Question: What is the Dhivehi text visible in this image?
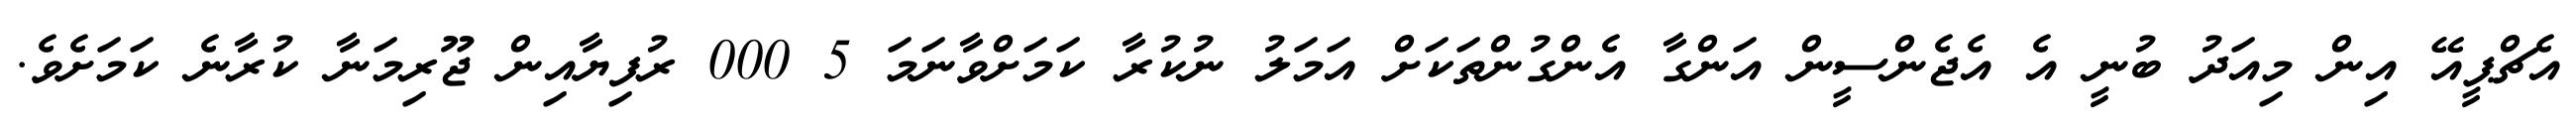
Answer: އެޗްޕީއޭ އިން މިއަދު ބުނީ އެ އެޖެންސީން އަންގާ އެންގުންތަކަށް އަމަލު ނުކުރާ ކަމަށްވާނަމަ 5 000 ރުފިޔާއިން ޖޫރިމަނާ ކުރާނެ ކަމަށެވެ.